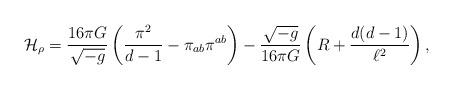
\begin{align*}{\cal H}_\rho = \frac{16 \pi G}{\sqrt{-g}}\left( \frac{\pi^2}{d-1} - \pi_{ab}\pi^{ab} \right)- \frac{\sqrt{-g}}{16 \pi G} \left( R + \frac{d(d-1)}{\ell^2} \right),\end{align*}